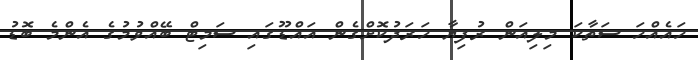
ހައެއްހަ ސަތާކަ މިލިއަން ރުފިޔާ ހަރަދުކޮށްގެން އައްޑޫގައި ސަމިޓް ބޭއްވުމުގެ އެންމެ ބޮޑު